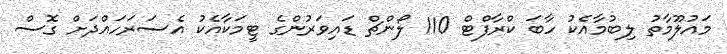
މައުލޫމާތު ލިބުމާއެކު ހާބަ ކްރާފްޓް 110 ލޯންޗް ޑައިވަރުންގެ ޓީމަކާއެކު އެސަރަހައްދަށް ގޮސް